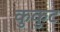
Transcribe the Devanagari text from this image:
कुकुट